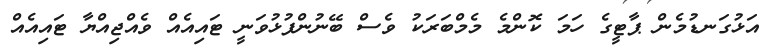
އަޅުގަނޑުމެން ޕާޓީގެ ހަމަ ކޮންމެ މެމްބަރަކު ވެސް ބޭނުންފުޅުވަނީ ޓައިއެއް ވެއްޖިއްޔާ ޓައިއެއް